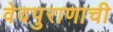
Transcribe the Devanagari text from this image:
वेदपुराणाची